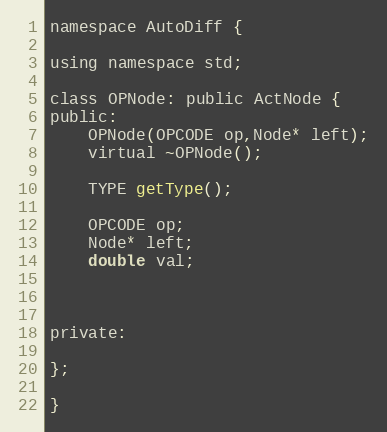
Language: C
namespace AutoDiff {

using namespace std;

class OPNode: public ActNode {
public:
	OPNode(OPCODE op,Node* left);
	virtual ~OPNode();

	TYPE getType();

	OPCODE op;
	Node* left;
	double val;

private:

};

}